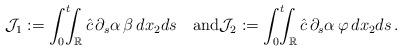
LaTeX: \begin{align*}\mathcal J_1:=\int_0^t\!\!\!\int_{\mathbb R}\hat c\,\partial_s\alpha\,\beta\, dx_2 ds\quad\mbox{and}\mathcal J_2:=\int_0^t\!\!\!\int_{\mathbb R}\hat c\,\partial_s\alpha\,\varphi\, dx_2 ds\,.\end{align*}